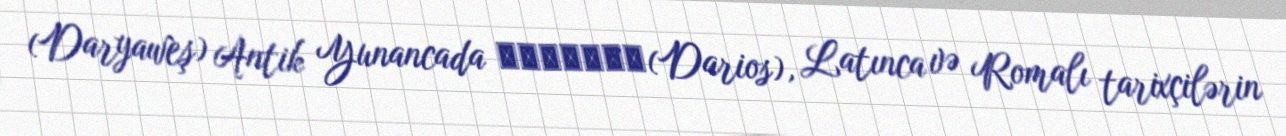
(Daryaweş) Antik Yunancada Δαρεῖος(Darios), Latınca və Romalı tarixçilərin